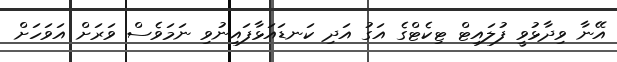
އޭނާ ވިދާޅުވީ ފުލައިޓް ޓިކެޓްގެ އަގު އަދި ކަނޑައަޅާފައިނުވި ނަމަވެސް ވަރަށް އަވަހަށް